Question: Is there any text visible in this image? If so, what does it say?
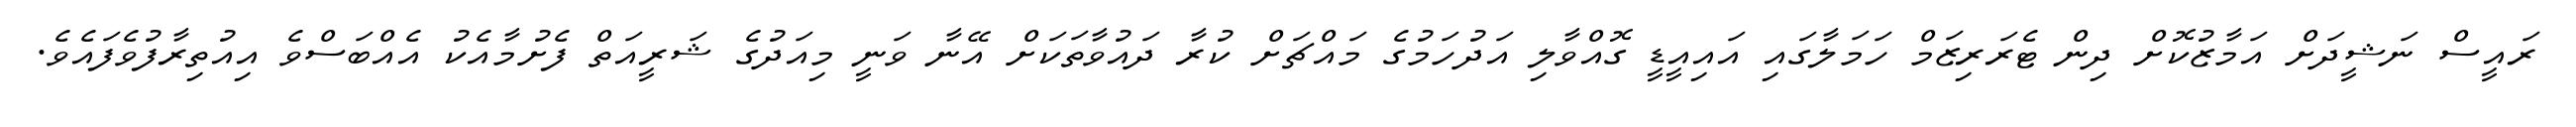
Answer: ރައީސް ނަޝީދަށް އަމާޒުކޮށް ދިން ޓެރަރިޒަމް ހަމަލާގައި އައިއީޑީ ގޮއްވާލި އަދުހަމުގެ މައްޗަށް ކުރާ ދައުވާތަކަށް އޭނާ ވަނީ މިއަދުގެ ޝަރީއަތް ފެށުމާއެކު އެއްބަސްވެ އިއުތިރާފުވެފައެވެ.